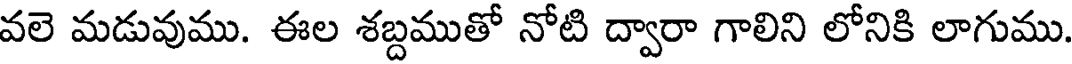
వలె మడువుము. ఈల శబ్దముతో నోటి ద్వారా గాలిని లోనికి లాగుము